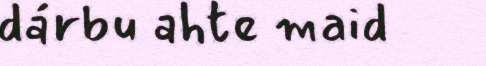
dárbu ahte maid